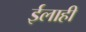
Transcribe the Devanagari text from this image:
ईलाही